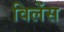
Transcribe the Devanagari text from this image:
विलेंस